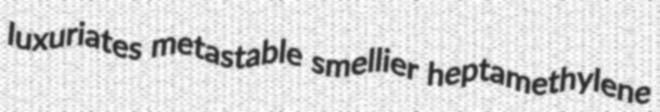
luxuriates metastable smellier heptamethylene